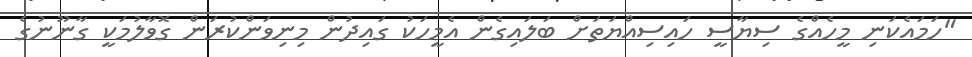
"ހަމައެކަނި މީހެއްގެ ސިޔާސީ ހައިސިއްޔަތަށް ބަލައިގެން އެމީހަކު ގައިދުން މިނިވަންކުރަން ގޮވާލުމަކީ ގާނޫނުގެ